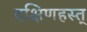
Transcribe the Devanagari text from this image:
दक्षिणहस्त्